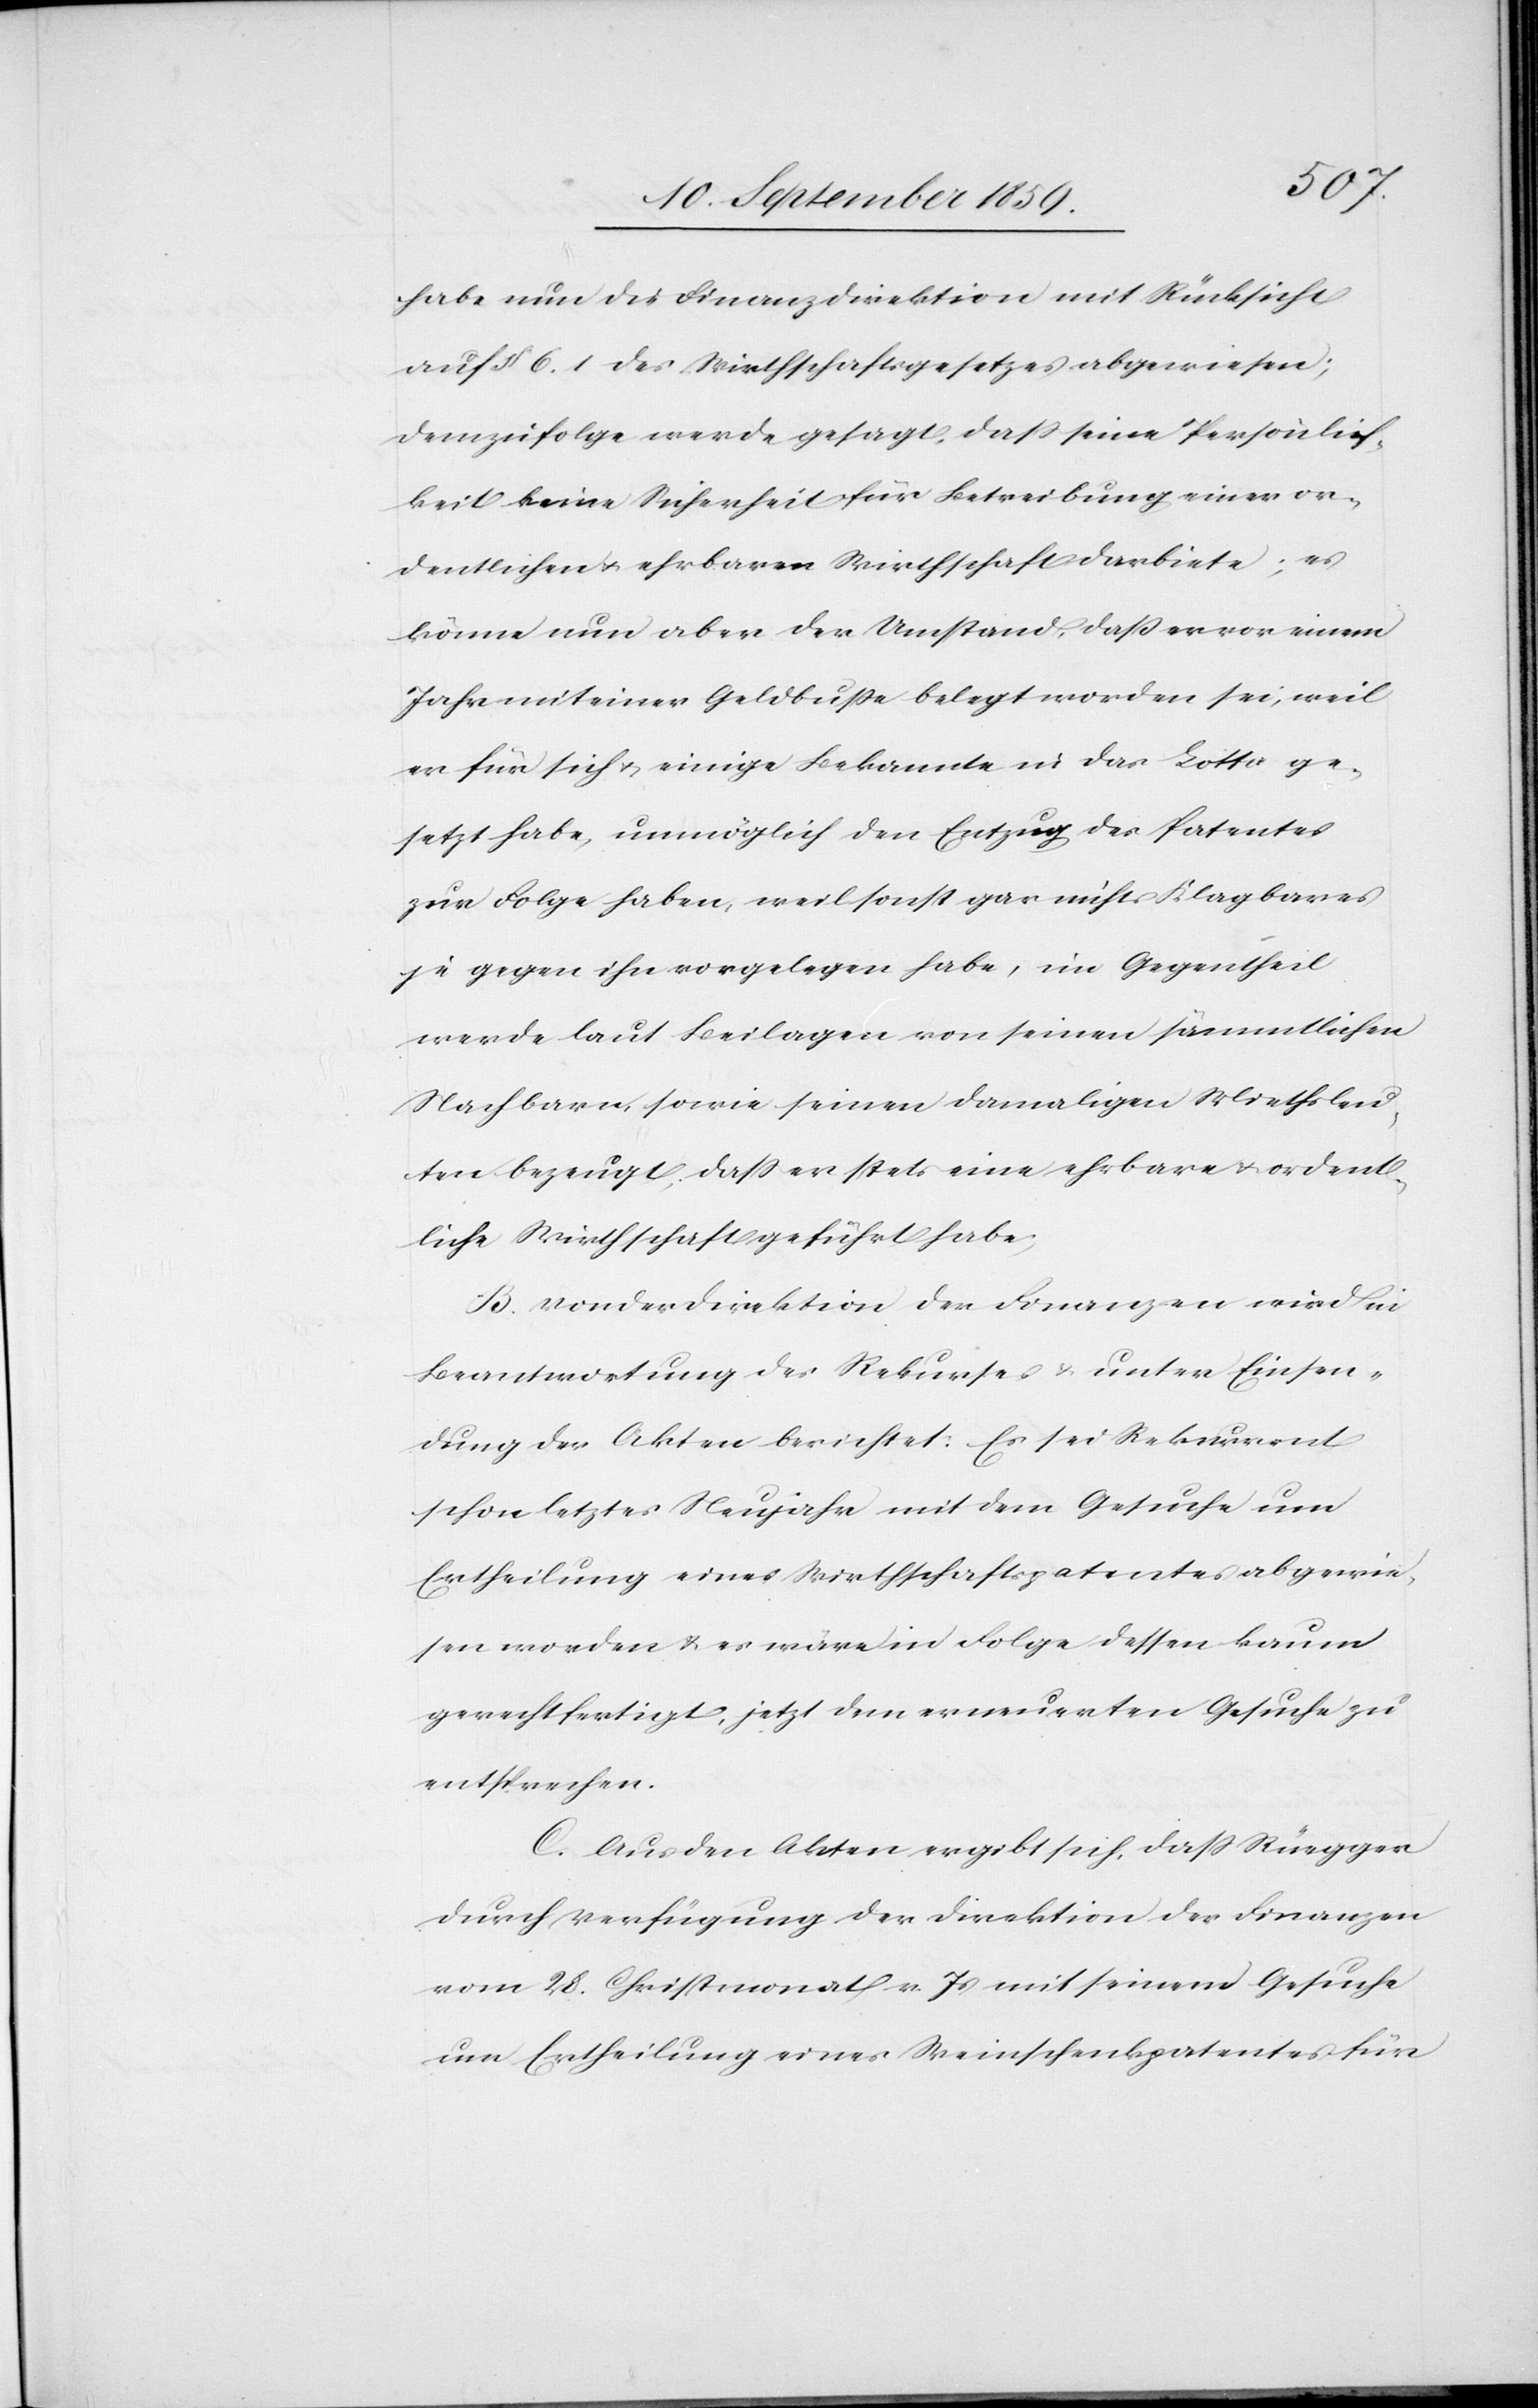
habe nun die Finanzdirektion mit Rücksicht
auf § 6. 1 des Wirthschaftsgesetzes abgewiesen;
demzufolge werde gesagt, daß seine Persönlich¬
keit keine Sicherheit für Betreibung einer or¬
dentlichen & ehrbaren Wirthschaft darbiete; es
könne nun aber der Umstand, daß er vor einem
Jahr mit einer Geldbuße belegt worden sei, weil
er für sich & einige Bekannte in das Lotto ge¬
setzt habe, unmöglich den Entzug des Patentes
zur Folge haben, weil sonst gar nichts Klagbares
je gegen ihn vorgelegen habe, im Gegentheil
werde laut Beilagen von seinen sämmtlichen
Nachbarn, sowie seinen damaligen Wirthsleu¬
ten bezeugt, daß er stets eine ehrbare & ordent¬
liche Wirthschaft geführt habe;
B. Von der Direktion der Finanzen wird in
Beantwortung des Rekurses & unter Einsen¬
dung der Akten berichtet: Es sei Rekurrent
schon letztes Neujahr mit dem Gesuche um
Ertheilung eines Wirtschaftspatentes abgewie¬
sen worden & es wäre in Folge dessen kaum
gerechtfertigt, jetzt dem erneuerten Gesuche zu
entsprechen.
C. Aus den Akten ergibt sich, daß Rüegger
durch Verfügung der Direktion der Finanzen
vom 28. Christmonat v. Js. mit seinem Gesuche
um Ertheilung eines Weinschenkpatentes für